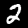
Digit: 2